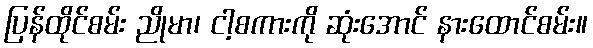
ပြန်ထိုင်စမ်း ညိုမာ၊ ငါ့စကားကို ဆုံးအောင် နားထောင်စမ်း။